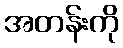
အတန်းကို